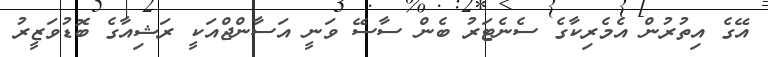
އޭގެ އިތުރުން އެމެރިކާގެ ސެނެޓަރު ބެން ސާސޭ ވަނީ އަސާންޖްއަކީ ރަޝިއާގެ ބޮޑުވަޒީރު